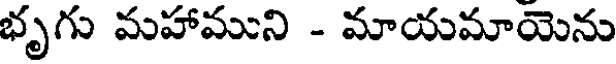
భృగు మహాముని - మాయమాయెను